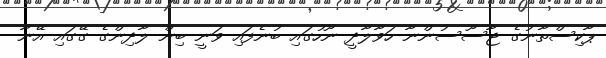
ޕާކިސްތާނުގެ ޖާސޫސުންނާ ހަވާލާދީ ނޫހުގައި ބުނެފައި ވަނީ ބިން ލާދިންގެ ގޭގައި އޭނާ